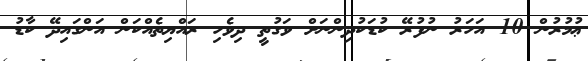
ޢުމުރުން 10 އަހަރު ނުފުރޭ ކުޑަކުދިންނަށް ވަގުތީ ދިވެހި ރައްޔިތެއްކަން އަންގައިދޭ ކާޑު